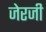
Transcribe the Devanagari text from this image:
जेरजी